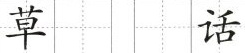
草 话